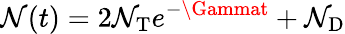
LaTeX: \mathcal{N}(t)=2\mathcal{N}_{\mathrm{{T}}}e^{-\Gammat}+\mathcal{N}_{\mathrm{{D}}}